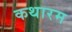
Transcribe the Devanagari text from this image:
कथारम